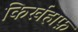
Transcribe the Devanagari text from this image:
किर्खहाफ़